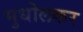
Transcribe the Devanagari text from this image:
मुधोलकर